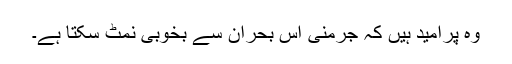
وہ پُرامید ہیں کہ جرمنی اس بحران سے بخوبی نمٹ سکتا ہے۔